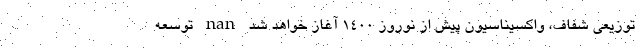
توزیعی شفاف، واکسیناسیون پیش از نوروز ۱۴۰۰ آغاز خواهد شد nan توسعه